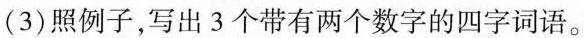
(3)照例子，写出3个带有两个数字的四字词语。